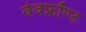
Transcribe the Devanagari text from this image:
वेवफ्रॉण्ट